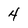
Character: 4